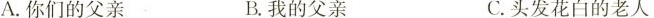
A.你们的父亲 B.我的父亲 C.头发花白的老人